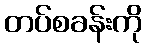
တပ်စခန်းကို